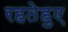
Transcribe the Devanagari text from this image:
रहतेहुए